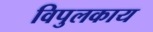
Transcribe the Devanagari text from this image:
विपुलकाय